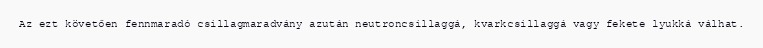
Az ezt követően fennmaradó csillagmaradvány azután neutroncsillaggá, kvarkcsillaggá vagy fekete lyukká válhat.